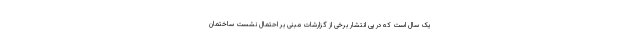
یک سال است که در پی انتشار برخی از گزارشات مبنی بر احتمال نشست ساختمان